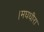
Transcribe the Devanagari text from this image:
।मघधीरा